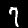
Label: 7